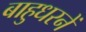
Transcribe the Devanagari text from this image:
बाहुधरनें